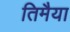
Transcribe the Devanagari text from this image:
तिमैया